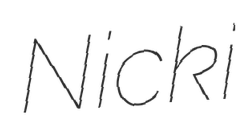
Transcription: Nicki